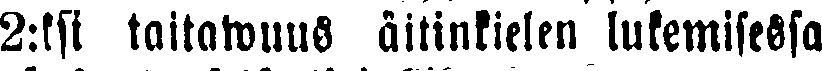
2:ksi taitawuus äitinkielen lukemisessa